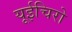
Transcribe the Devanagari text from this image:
यूईचिरो